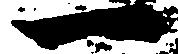
一